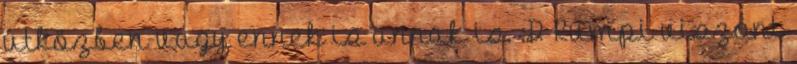
útközben vagy ennek is annak is. :D Rumpi viszont